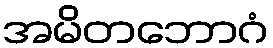
အမိတဘောဂံ